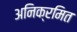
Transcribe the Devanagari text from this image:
अनिक्रमित